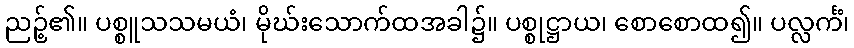
ညဉ့်၏။ ပစ္စူသသမယံ၊ မိုဃ်းသောက်ထအခါ၌။ ပစ္စုဋ္ဌာယ၊ စောစောထ၍။ ပလ္လင်္ကံ၊